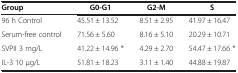
| Group | G0-G1 | G2-M | S |
 | --- | --- | --- | --- |
 | 96 h Control | 45.51 ± 13.52 | 8.51 ± 2.95 | 41.97 ± 16.47 |
 | Serum-free control | 71.56 ± 5.60 | 8.16 ± 5.10 | 20.29 ± 10.71 |
 | SVPII 3 mg/L | 41.22 ± 14.96 * | 4.29 ± 2.70 | 54.47 ± 17.66 * |
 | IL-3 10 μg/L | 51.81 ± 18.23 | 3.11 ± 1.40 | 44.88 ± 19.87 |